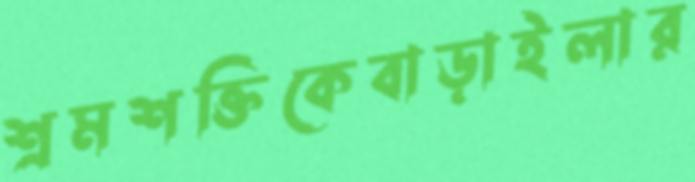
শ্রমশক্তিকেবাড়াইলার